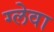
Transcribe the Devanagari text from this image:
ग्लेवा